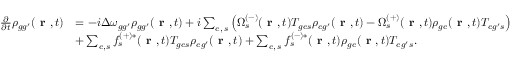
\begin{array} { r l } { \frac { \partial } { \partial t } \rho _ { { g g ^ { \prime } } } ( \textbf { r } , t ) } & { = - i \Delta \omega _ { { g g ^ { \prime } } } \rho _ { { g g ^ { \prime } } } ( \textbf { r } , t ) + i \sum _ { e , \, s } \left( \Omega _ { s } ^ { ( - ) } ( \textbf { r } , t ) T _ { { g e } s } \rho _ { { e g ^ { \prime } } } ( \textbf { r } , t ) - \Omega _ { s } ^ { ( + ) } ( \textbf { r } , t ) \rho _ { { g e } } ( \textbf { r } , t ) T _ { { e g ^ { \prime } } s } \right) } \\ & { + \sum _ { e , s } f _ { s } ^ { ( + ) * } ( \textbf { r } , t ) T _ { { g e } s } \rho _ { { e g ^ { \prime } } } ( \textbf { r } , t ) + \sum _ { e , \, s } f _ { s } ^ { ( - ) * } ( \textbf { r } , t ) \rho _ { { g e } } ( \textbf { r } , t ) T _ { { e g ^ { \prime } } s } . } \end{array}